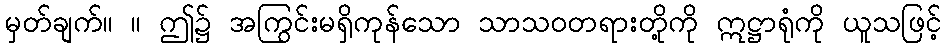
မှတ်ချက်။ ။ ဤ၌ အကြွင်းမရှိကုန်သော သာသဝတရားတို့ကို ဣဋ္ဌာရုံကို ယူသဖြင့်